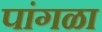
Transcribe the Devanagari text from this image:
पांगळा